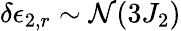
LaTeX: \delta\epsilon_{2,r}\sim\mathcal{N}(3J_{2})